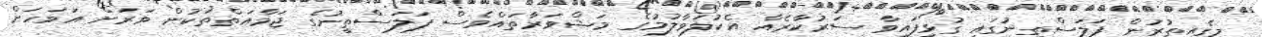
މީގެއިތުރުން ފަލަސްތީނުގައި ގުޅިފައިވާ ސަރުކާރެއް އެކުލަވާލުމުގެ މަޝްވަރާތައްވެސް ފަލަސްތީނުގެ ޖަމާއަތްތަކުން ވަރަށް އަވަހަށް